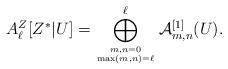
LaTeX: \begin{align*} A_\ell^Z[Z^*|U] = \bigoplus_{m,n=0\atop \max(m,n)=\ell}^\ell \mathcal{A}^{[1]}_{m,n}(U).\end{align*}